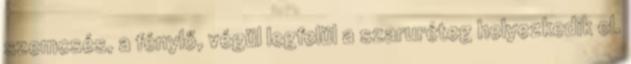
szemcsés, a fénylő, végül legfelül a szaruréteg helyezkedik el.